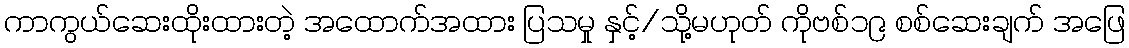
ကာကွယ်ဆေးထိုးထားတဲ့ အထောက်အထား ပြသမှု နှင့်/သို့မဟုတ် ကိုဗစ်၁၉ စစ်ဆေးချက် အဖြေ